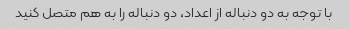
با توجه به دو دنباله از اعداد، دو دنباله را به هم متصل کنید